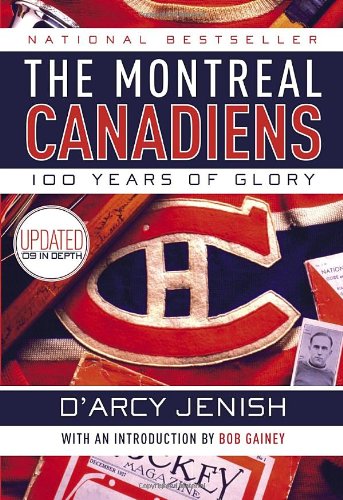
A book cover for The Montreal Canadiens: 100 Years of Glory; D'Arcy Jenish; Biographies & Memoirs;